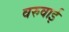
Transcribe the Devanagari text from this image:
वरुवाई